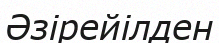
Әзірейілден